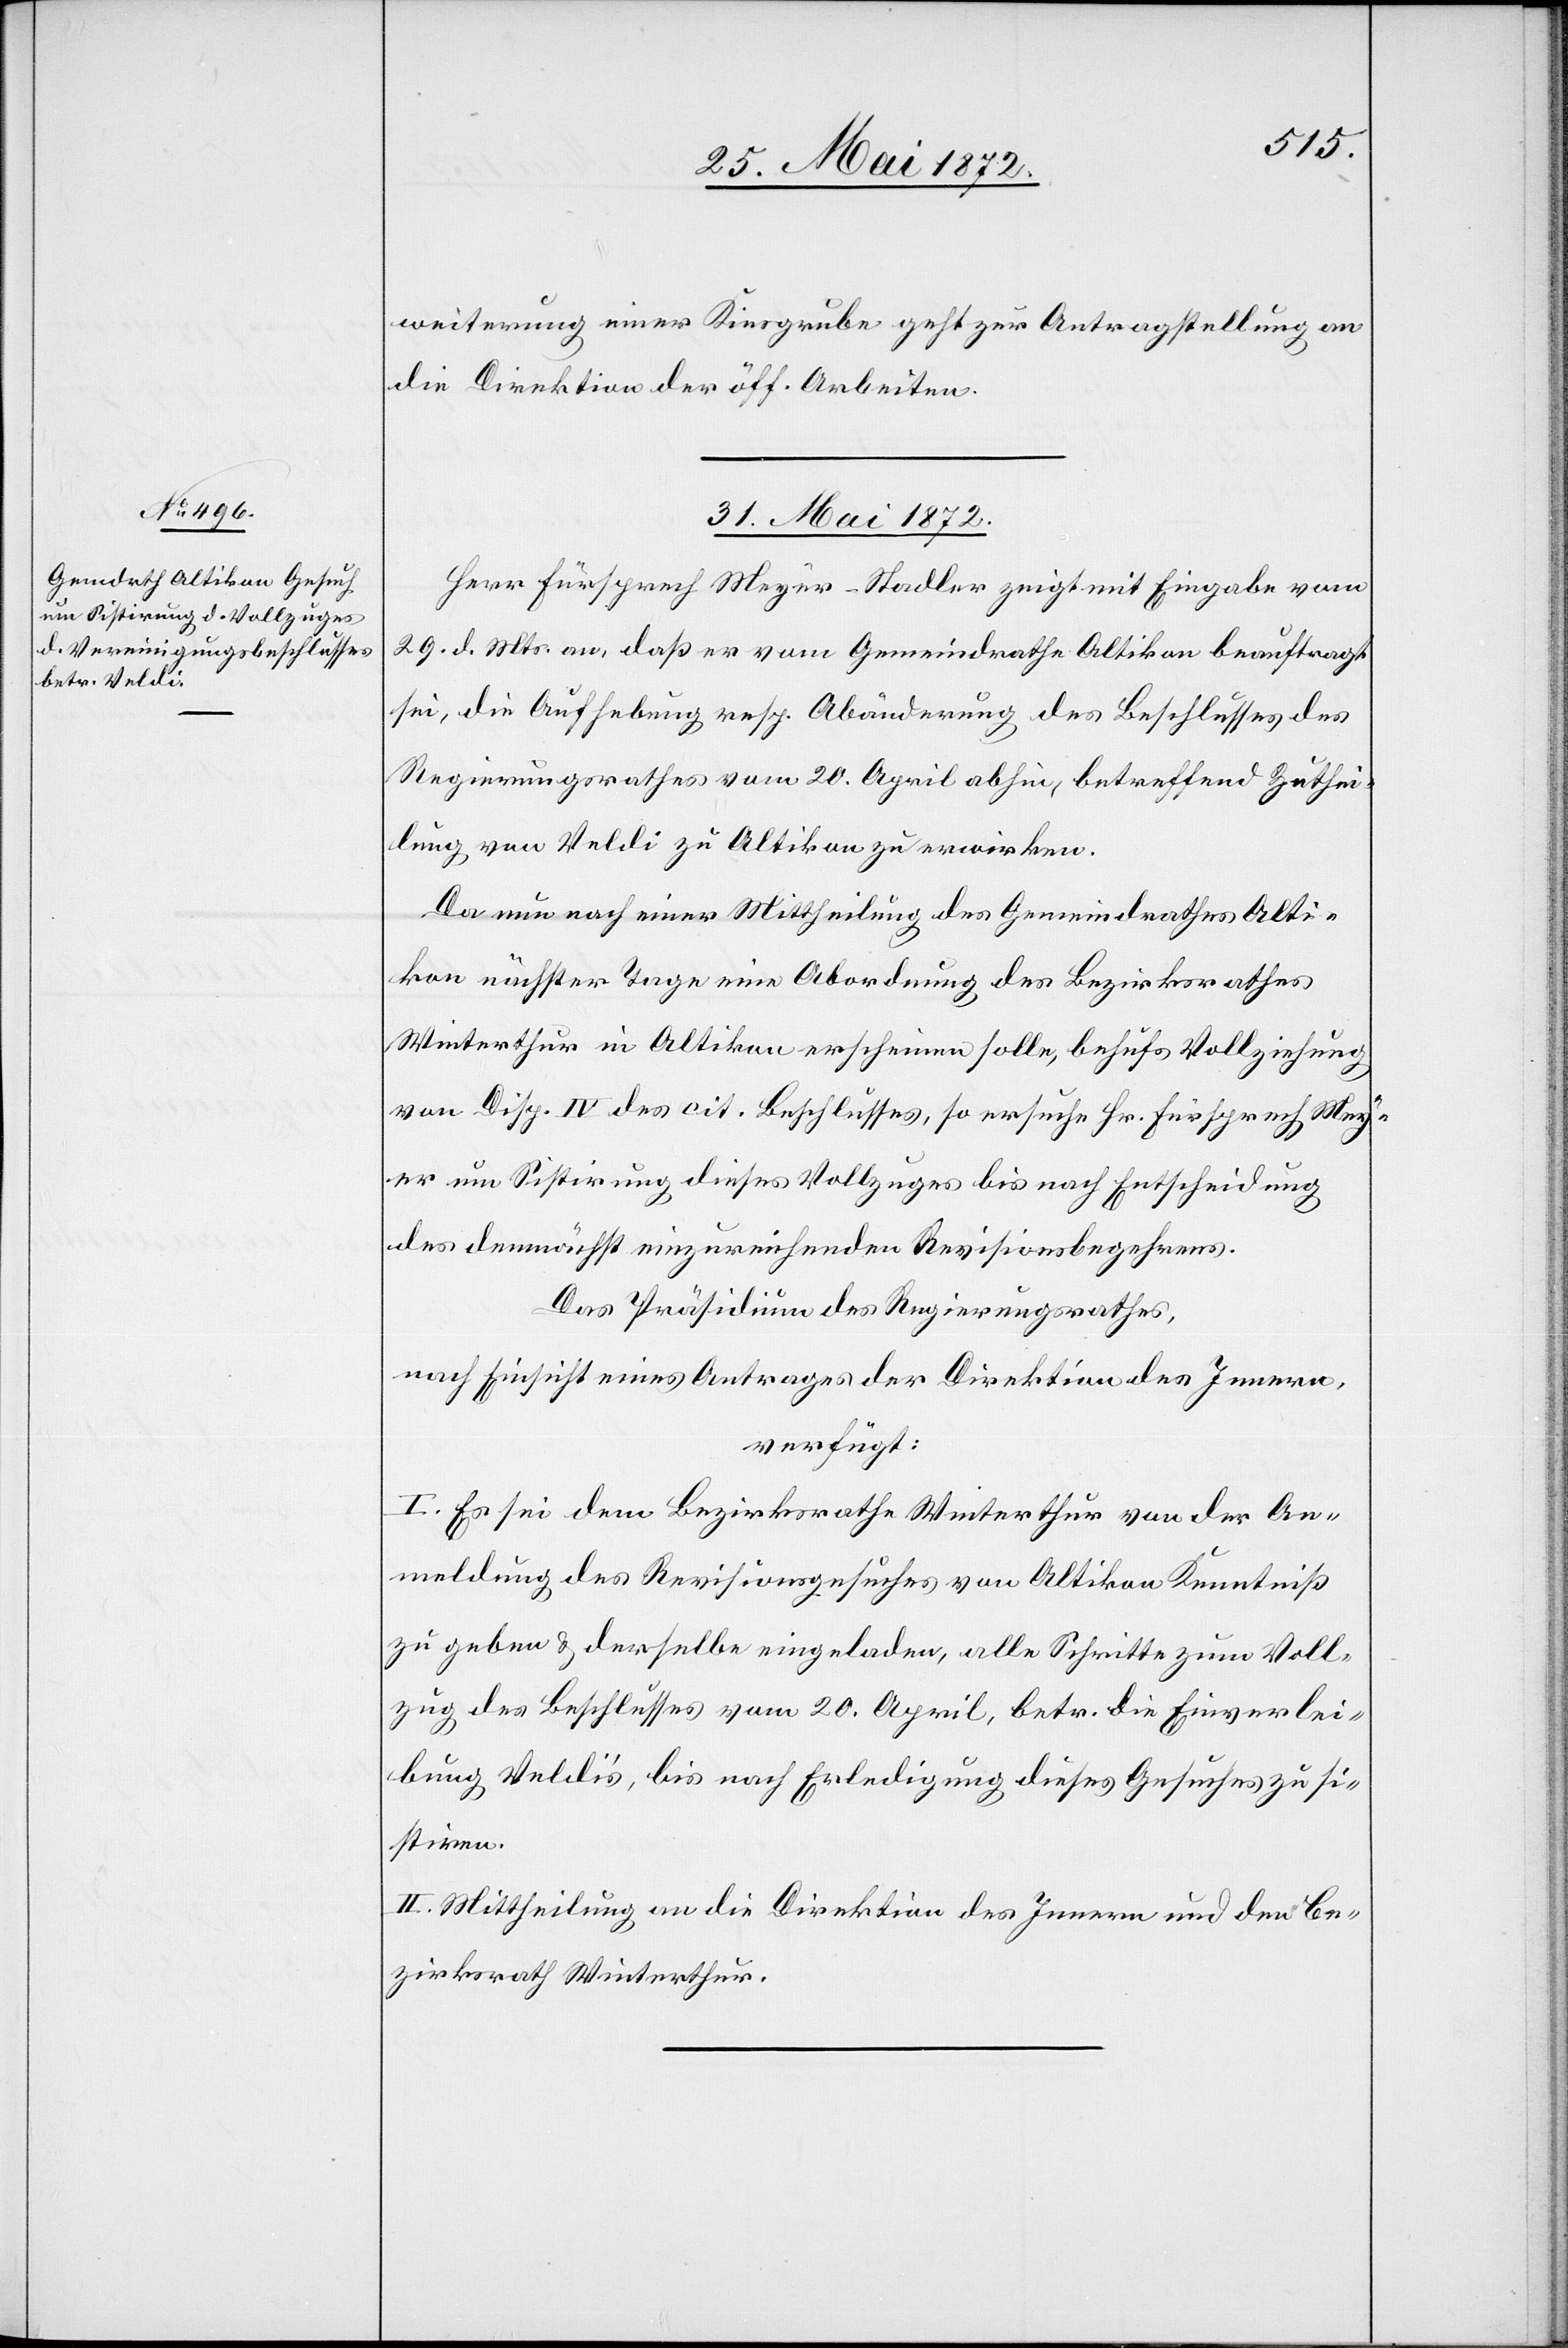
weiterung einer Kiesgrube geht zur Antragstellung an
die Direktion der öff. Arbeiten.
31. Mai 1872.
Herr Fürsprech Meyer-Stadler zeigt mit Eingabe vom
29. d. Mts. an, daß er vom Gemeindrathe Altikon beauftragt
sei, die Aufhebung resp. Abänderung des Beschlusses des
Regierungsrathes vom 20. April abhin, betreffend Zuthei¬
lung von Veldi zu Altikon zu erwirken.
Da nun nach einer Mittheilung des Gemeindrathes Alti¬
kon nächster Tage eine Abordnung des Bezirksrathes
Winterthur in Altikon erscheinen solle, behufs Vollziehung
von Disp. IV des cit. Beschlusses, so ersuche Hr. Fürsprech Mey¬
er um Sistirung dieses Vollzuges bis nach Entscheidung
des demnächst einzureichenden Revisionsbegehrens.
Das Präsidium des Regierungsrathes,
nach Einsicht eines Antrages der Direktion des Innern,
verfügt:
I. Es sei dem Bezirksrathe Winterthur von der An¬
meldung des Revisionsgesuches von Altikon Kenntniß
zu geben u. derselbe eingeladen, alle Schritte zum Voll¬
zug des Beschlusses vom 20. April, betr. die Einverlei¬
bung Veldi’s, bis nach Erledigung dieses Gesuches zu si¬
stiren.
II. Mittheilung an die Direktion des Innern und den Be¬
zirksrath Winterthur.